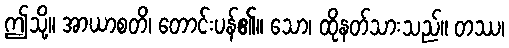
ဤသို့။ အာယာစတိ၊ တောင်းပန်၏။ သော၊ ထိုနတ်သားသည်။ တဿ၊